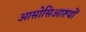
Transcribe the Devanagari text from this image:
आसोसिआश्यों